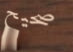
صحيح